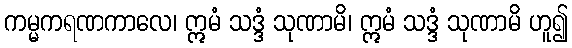
ကမ္မကရဏကာလေ၊ ဣမံ သဒ္ဒံ သုဏာမိ၊ ဣမံ သဒ္ဒံ သုဏာမိ ဟူ၍